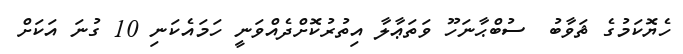
ހެޔޮކަމުގެ ޘަވާބު  ސުބްޙާނަހޫ ވަތަޢާލާ އިތުރުކޮށްދެއްވަނީ ހަމައެކަނި 10 ގުނަ އަކަށް